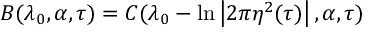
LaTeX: B ( \lambda _ { 0 } , \alpha , \tau ) = C ( \lambda _ { 0 } - \ln \left| 2 \pi \eta ^ { 2 } ( \tau ) \right| , \alpha , \tau )